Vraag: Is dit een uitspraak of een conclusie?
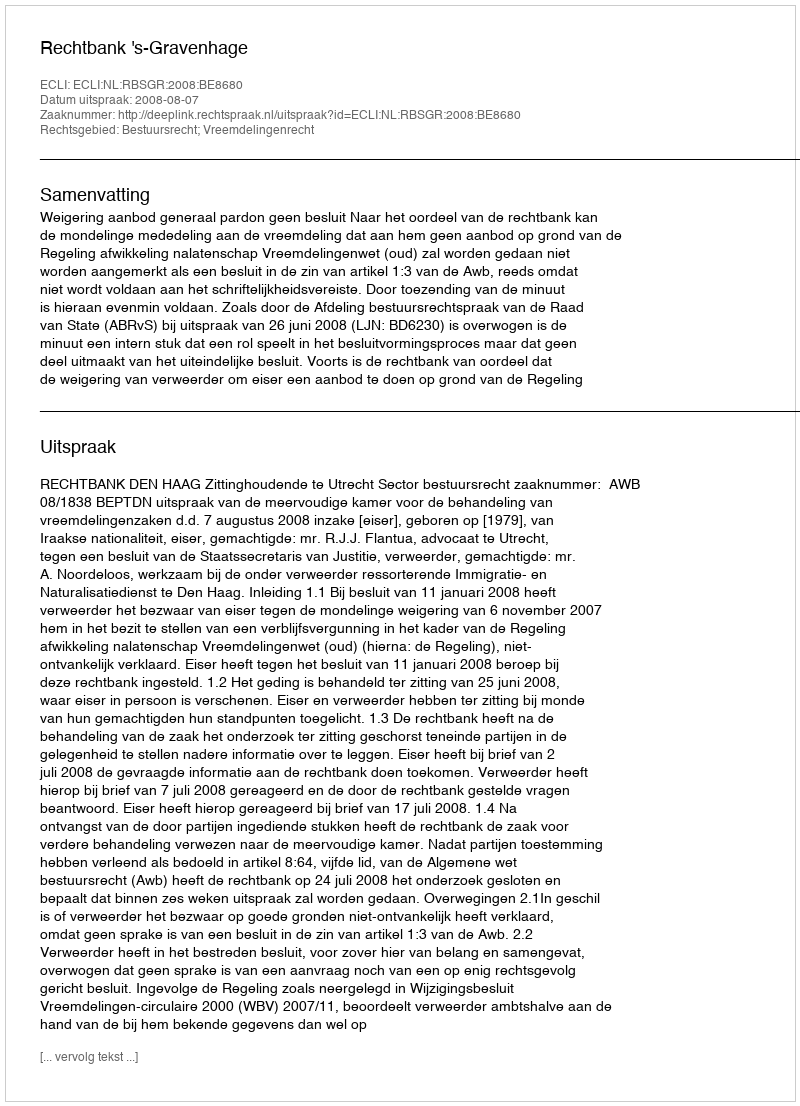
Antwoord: Uitspraak